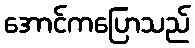
အောင်ကပြောသည်